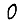
Digit: 0